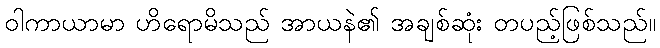
ဝါကာယာမာ ဟိရောမိသည် အာယနဲ၏ အချစ်ဆုံး တပည့်ဖြစ်သည်။